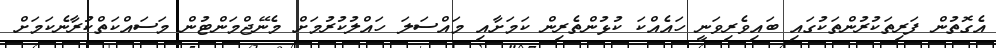
އެގޮތުން ފަރިތަކުރުންތަކުގައި ބައިވެރިވަނީ ހައެއްކަ ކުޅުންތެރިން ކަމަށާއި މައްސަލަ ހައްލުކުރުމަށް މެނޭޖްމަންޓުން މަސައްކަތްކުރާނެކަމަށް